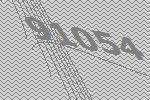
91054